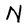
Character: N